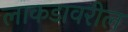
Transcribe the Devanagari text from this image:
लाकडावरील